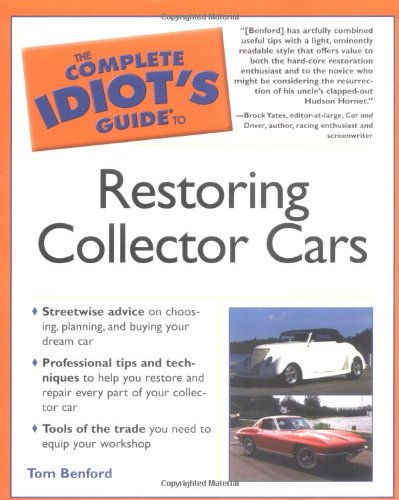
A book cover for The Complete Idiot's Guide to Restoring Collector Cars; Tom Benford; Crafts, Hobbies & Home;